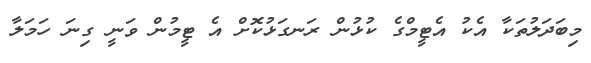
މިބަދަލުތަކާ އެކު އެޓީމްގެ ކުޅުން ރަނގަޅުކޮށް އެ ޓީމުން ވަނީ ގިނަ ހަމަލާ